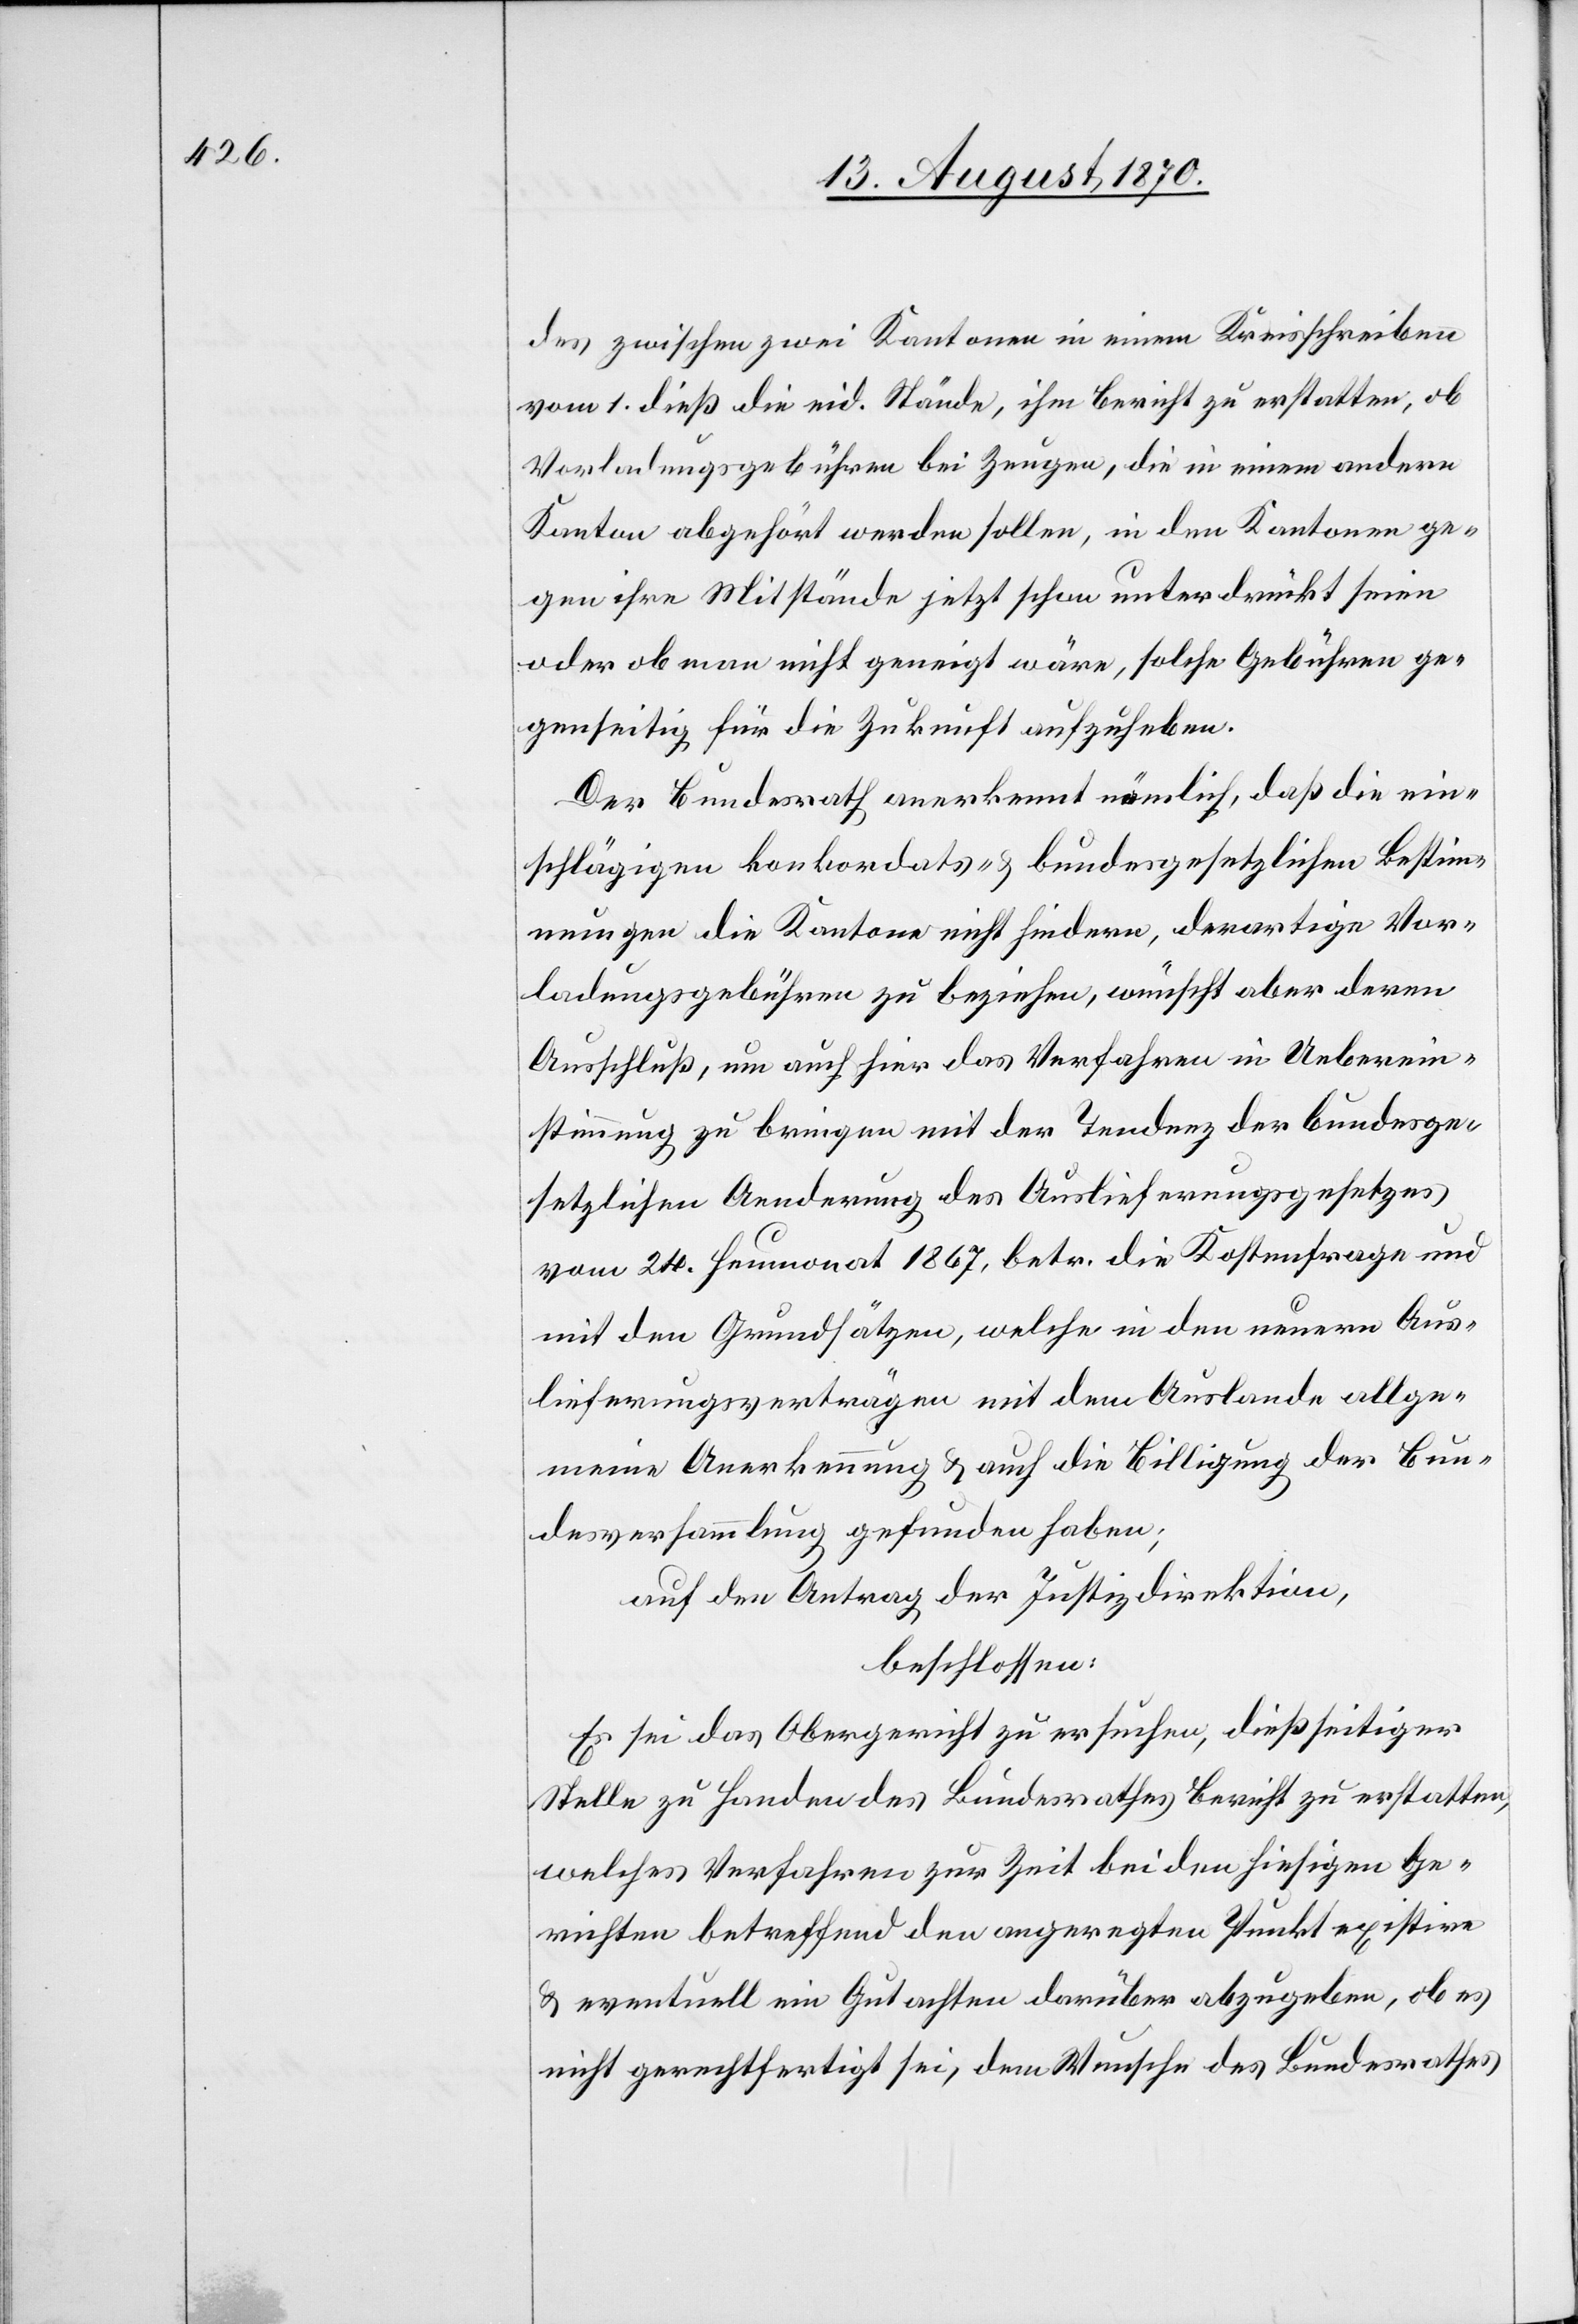
des zwischen zwei Kantonen in einem Kreisschreiben
vom 1. dieß die eid. Stände, ihm Bericht zu erstatten, ob
Vorladungsgebühren bei Zeugen, die in einem andern
Kanton abgehört werden sollen, in den Kantonen ge¬
gen ihrer Mitstände jetzt schon unterdrückt seien
oder ob man nicht geneigt wäre, solche Gebühren ge¬
genseitig für die Zukunft aufzuheben.
Der Bundesrath anerkennt nämlich, daß die ein¬
schlägigen konkordats- & bundesgesetzlichen Bestim¬
mungen die Kantone nicht hindern, derartige Vor¬
ladungsgebühren zu beziehen, wünscht aber deren
Ausschluß, um auch hier das Verfahren in Ueberein¬
stimmung zu bringen mit der Tendenz der bundesge¬
setzlichen Aenderung des Auslieferungsgesetzes
vom 24. Heumonat 1867, betr. die Kostenfrage und
mit den Grundsätzen, welche in den neuern Aus¬
lieferungsverträgen mit dem Auslande allge¬
meine Anerkennung & auch die Billigung der Bun¬
desversammlung gefunden haben;
auf den Antrag der Justizdirektion,
beschlossen:
Es sei das Obergericht zu ersuchen, dießseitiger
Stelle zu Handen des Bundesrathes Bericht zu erstatten,
welches Verfahren zur Zeit bei den hiesigen Ge¬
richten betreffend den angeregten Punkt existire
& eventuell ein Gutachten darüber abzugeben, ob es
nicht gerechtfertigt sei, dem Wunsche des Bundesrathes